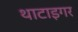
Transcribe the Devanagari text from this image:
थाटाइगर